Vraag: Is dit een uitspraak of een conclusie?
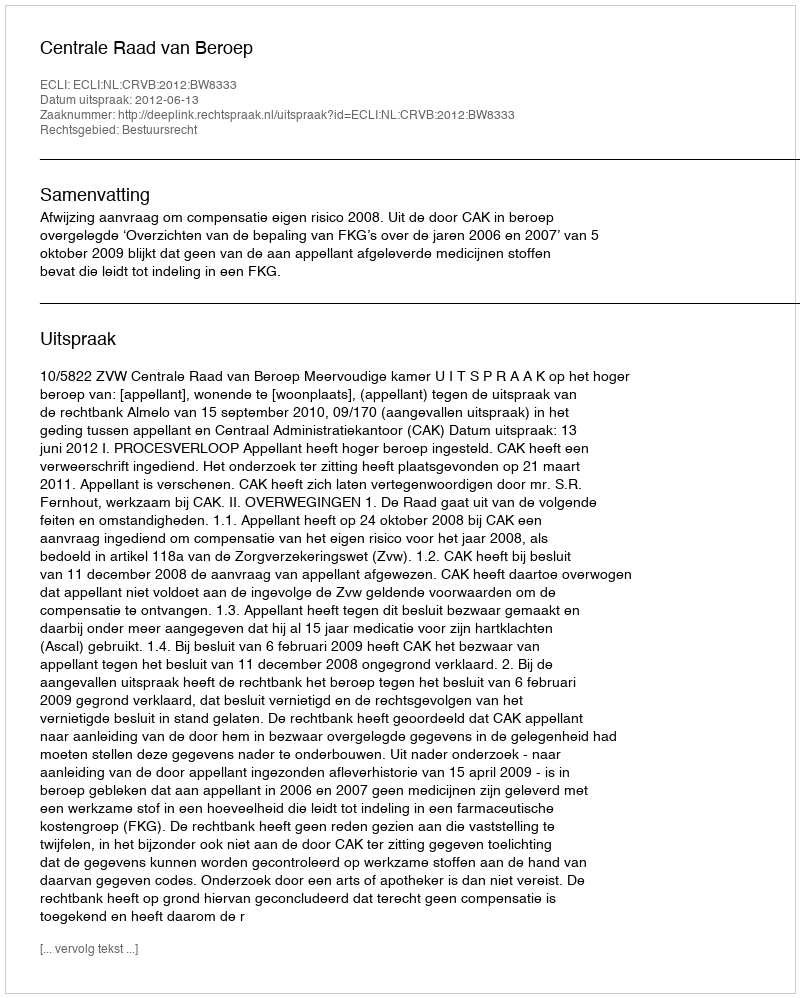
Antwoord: Uitspraak